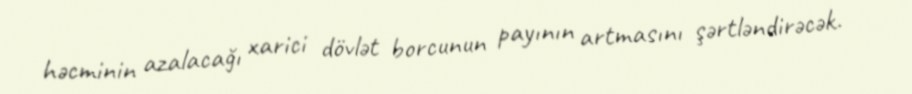
həcminin azalacağı xarici dövlət borcunun payının artmasını şərtləndirəcək.